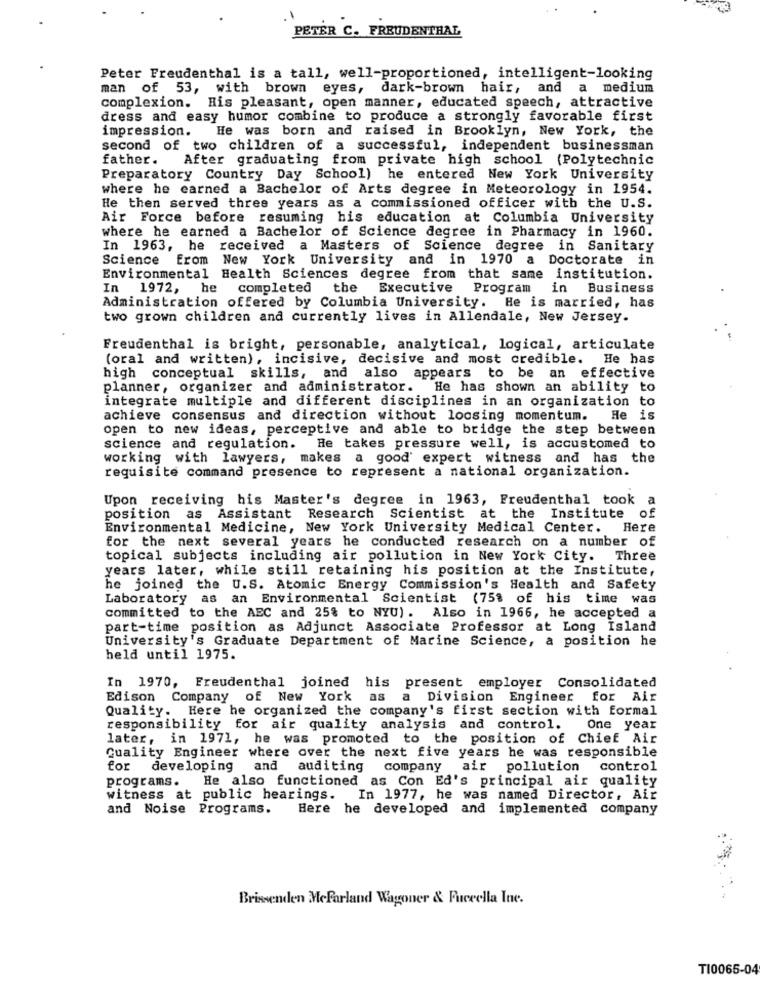
PETER C. FREUDENTHAL
Peter Freudenthal is a tall, well-proportioned, intelligent-looking
man of 53, with brown eyes, dark-brown hair, and a medium
complexion. His pleasant, open manner, educated speech, attractive
dress and easy humor combine to produce a strongly favorable first
impression.
He was born and raised in Brooklyn, New York, the
second of two children of a successful, independent businessman
father.
After graduating from private high school (Polytechnic
Preparatory Country Day School) he entered New York University
where he earned a Bachelor of Arts degree in Meteorology in 1954.
He then served three years as a commissioned officer with the U.S.
Air Force before resuming his education at Columbia University
where he earned a Bachelor of Science degree in Pharmacy in 1960.
In 1963, he received a Masters of Science degree in Sanitary
Science from New York University and in 1970 a Doctorate in
Environmental Health Sciences degree from that same institution.
In 1972, he completed the Executive
Program
in Business
Administration offered by Columbia University. He is married, has
two grown children and currently lives in Allendale, New Jersey.
Freudenthal is bright, personable, analytical, logical, articulate
(oral and written), incisive, decisive and most credible. He has
high conceptual skills, and also appears to be an effective
planner, organizer and administrator. He has shown an ability to
integrate multiple and different disciplines in an organization to
achieve consensus and direction without loosing momentum.
He is
open to new ideas, perceptive and able to bridge the step between
science and regulation.
He takes pressure well, is accustomed to
working with lawyers, makes a good' expert witness and has the
requisite command presence to represent a national organization.
Upon receiving his Master's degree in 1963, Freudenthal took
position as Assistant Research Scientist at the Institute of
Environmental Medicine, New York University Medical Center. Here
for the next several years he conducted research on a number of
topical subjects including air pollution in New York City. Three
years later, while still retaining his position at the Institute,
he joined the U.S. Atomic Energy Commission's Health and Safety
Laboratory as an Environmental Scientist (75% of his time was
committed to the AEC and 25% to NYU). Also in 1966, he accepted a
part-time position as Adjunct Associate Professor at Long Island
University's Graduate Department of Marine Science, a position he
held until 1975.
In 1970, Freudenthal joined his present employer Consolidated
Edison Company of New York
as a Division Engineer for Air
Quality. Here he organized the company's first section with formal
responsibility for air quality analysis and control. One year
later, in 1971, he was promoted to the position of Chief Air
Quality Engineer where over the next five years he was responsible
for developing and auditing company air pollution control
programs. He also functioned as Con Ed's principal air quality
witness at public hearings. In 1977, he was named Director, Air
and Noise Programs.
Here he developed and implemented company
Brissenden Mcfarland Wagoner & Fuccella Ine.
TI0065-04